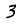
Digit: 3